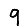
Digit: 9